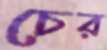
চের